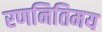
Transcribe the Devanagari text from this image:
रणनितिमय